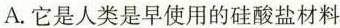
A.它是人类是早使用的硅酸盐材料